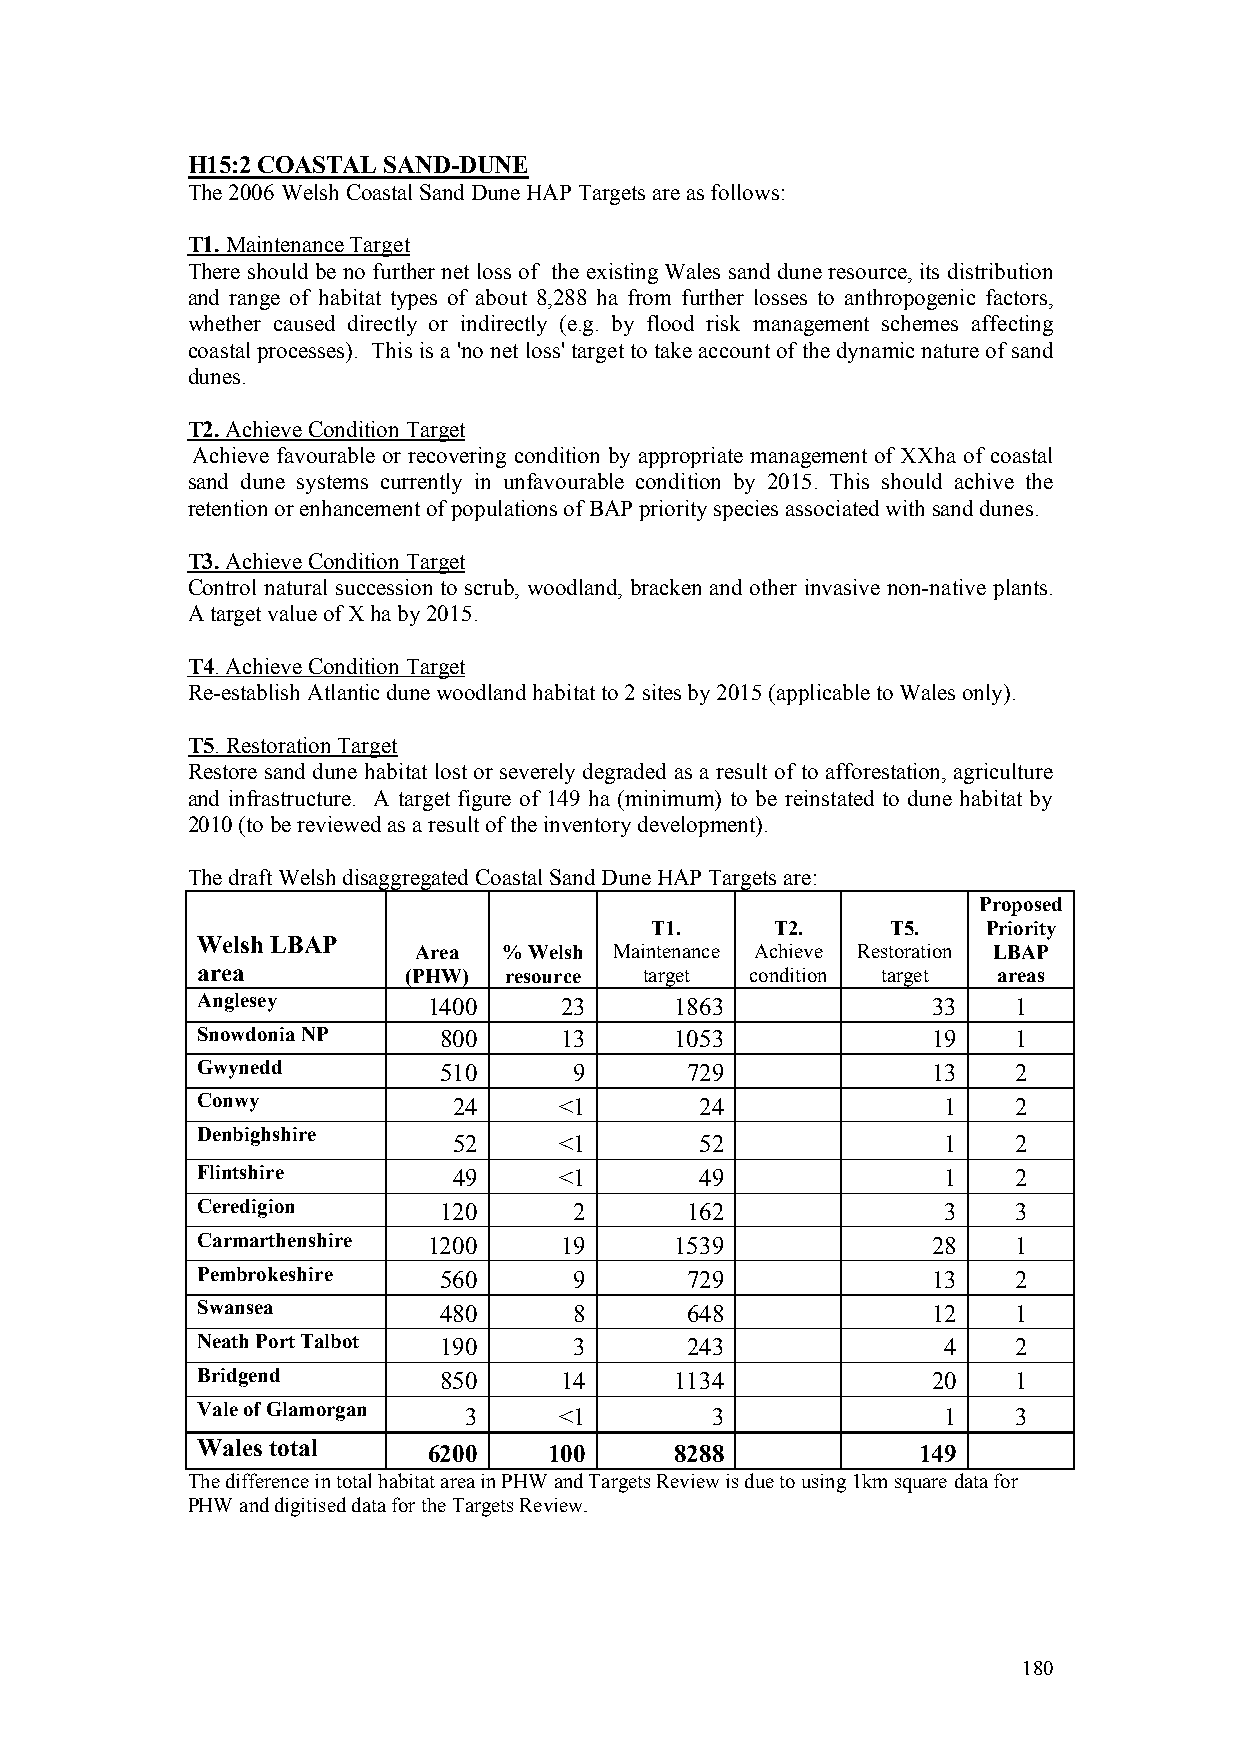
H15:2 COASTAL SAND-DUNE
 The 2006 Welsh Coastal Sand Dune HAP Targets are as follows:
 T1. Maintenance Target
 There should be no further net loss of the existing Wales sand dune resource, its distribution
 and range of habitat types of about 8,288 ha from further losses to anthropogenic factors,
 whether caused directly or indirectly (e.g. by flood risk management schemes affecting
 coastal processes). This is a 'no net loss' target to take account of the dynamic nature of sand
 dunes.
 T2. Achieve Condition Target
 Achieve favourable or recovering condition by appropriate management of XXha of coastal
 sand dune systems currently in unfavourable condition by 2015. This should achive the
 retention or enhancement of populations of BAP priority species associated with sand dunes.
 T3. Achieve Condition Target
 Control natural succession to scrub, woodland, bracken and other invasive non-native plants.
 A target value of X ha by 2015.
 T4. Achieve Condition Target
 Re-establish Atlantic dune woodland habitat to 2 sites by 2015 (applicable to Wales only).
 T5. Restoration Target
 Restore sand dune habitat lost or severely degraded as a result of to afforestation, agriculture
 and infrastructure. A target figure of 149 ha (minimum) to be reinstated to dune habitat by
 2010 (to be reviewed as a result of the inventory development).
 The draft Welsh disaggregated Coastal Sand Dune HAP Targets are:
 Proposed
 T1.     T2.     T5.   Priority
 Welsh LBAP
 Area  % Welsh Maintenance Achieve Restoration LBAP
 area          (PHW) resource  target condition target areas
 Anglesey       1400     23      1863             33   1
 Snowdonia NP    800     13      1053             19   1
 Gwynedd         510      9      729              13   2
 Conwy            24     <1       24              1    2
 Denbighshire
 52     <1       52              1    2
 Flintshire       49     <1       49              1    2
 Ceredigion      120      2      162              3    3
 Carmarthenshire 1200    19      1539             28   1
 Pembrokeshire   560      9      729              13   2
 Swansea         480      8      648              12   1
 Neath Port Talbot 190    3      243              4    2
 Bridgend        850     14      1134             20   1
 Vale of Glamorgan 3     <1        3              1    3
 Wales total    6200    100      8288            149
 The difference in total habitat area in PHW and Targets Review is due to using 1km square data for
 PHW and digitised data for the Targets Review.
 180